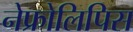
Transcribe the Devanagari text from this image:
नेफ्रोलिपिस